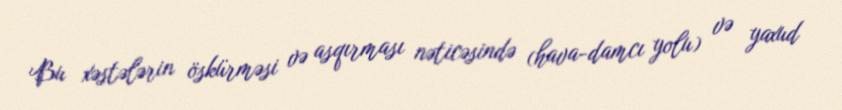
Bu xəstələrin öskürməsi və asqırması nəticəsində (hava-damcı yolu) və yaxud